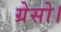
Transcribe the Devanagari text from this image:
ग्रेसो।